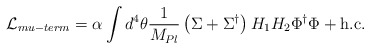
\begin{align*}{\cal L}_{mu-term} = \alpha \int d^4 \theta {1 \over M_{Pl}} \left( \Sigma + \Sigma^\dagger\right) H_1 H_2 \Phi^\dagger \Phi +{\rm h. c. }\end{align*}